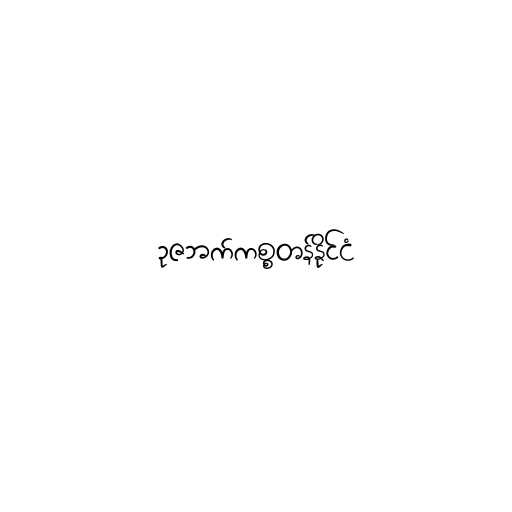
ဥဇဘက်ကစ္စတန်နိုင်ငံ